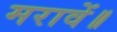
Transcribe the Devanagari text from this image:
मरावें॥